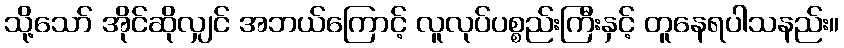
သို့သော် အိုင်ဆိုလျှင် အဘယ်ကြောင့် လူလုပ်ပစ္စည်းကြီးနှင့် တူနေရပါသနည်း။